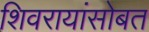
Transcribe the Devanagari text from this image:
शिवरायांसोबत